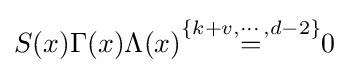
S(x)\Gamma (x)\Lambda (x){\stackrel {\{k+v,\cdots ,d-2\}}{=}}0